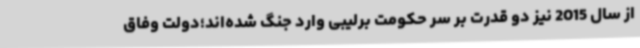
از سال 2015 نیز دو قدرت بر سر حکومت برلیبی وارد جنگ شده‌اند؛دولت وفاق